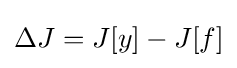
\Delta J=J[y]-J[f]